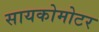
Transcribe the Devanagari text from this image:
सायकोमोटर